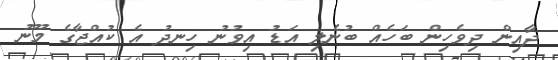
ދާއިން ދިވެހިން ބަހެއް ބުނެލި އަޑު އިވުނު ހިނދު އެ ކުއްޖާގެ މޫނު